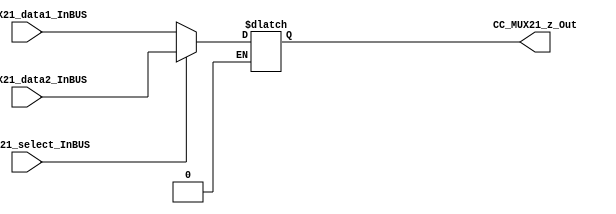

//=======================================================
//  MODULE Definition
//=======================================================
module CC_MUX21 #(parameter MUX21_DATAWIDTH=8)(
//////////// OUTPUTS //////////
	CC_MUX21_z_Out,
//////////// INPUTS //////////
	CC_MUX21_select_InBUS,
	CC_MUX21_data1_InBUS,
	CC_MUX21_data2_InBUS
);
//=======================================================
//  PARAMETER declarations
//=======================================================

//=======================================================
//  PORT declarations
//=======================================================
output	reg [MUX21_DATAWIDTH-1:0] CC_MUX21_z_Out;
input 	CC_MUX21_select_InBUS;
input 	[MUX21_DATAWIDTH-1:0] CC_MUX21_data1_InBUS;
input 	[MUX21_DATAWIDTH-1:0] CC_MUX21_data2_InBUS;
//=======================================================
//  REG/WIRE declarations
//=======================================================

//=======================================================
//  Structural coding
//=======================================================
always @(CC_MUX21_data1_InBUS or CC_MUX21_select_InBUS or CC_MUX21_data2_InBUS  )
begin
   if( CC_MUX21_select_InBUS == 0)
      CC_MUX21_z_Out = CC_MUX21_data1_InBUS;
   else if( CC_MUX21_select_InBUS == 1)
      CC_MUX21_z_Out = CC_MUX21_data2_InBUS;   
end

endmodule